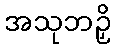
အသုဘဉှိ